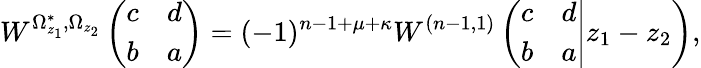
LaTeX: W^{\Omega_{z_{1}}^{*},\Omega_{z_{2}}}\left(\begin{array}{cc}{{c}}&{{d}}\\ {{b}}&{{a}}\end{array}\right)=(-1)^{n-1+\mu+\kappa}W^{(n-1,1)}\left(\left.\begin{array}{cc}{{c}}&{{d}}\\ {{b}}&{{a}}\end{array}\right|z_{1}-z_{2}\right),